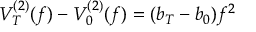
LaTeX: V _ { T } ^ { ( 2 ) } ( f ) - V _ { 0 } ^ { ( 2 ) } ( f ) = ( b _ { T } - b _ { 0 } ) f ^ { 2 }